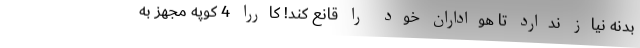
بدنه نیاز ندارد تا هواداران خود را قانع کند! کاررا 4 کوپه مجهز به